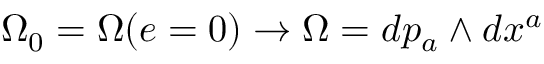
\Omega _ { 0 } = \Omega ( e = 0 ) \rightarrow \Omega = d p _ { a } \wedge d x ^ { a }